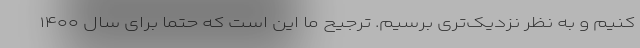
کنیم و به نظر نزدیک‌تری برسیم. ترجیح ما این است که حتما برای سال ۱۴۰۰